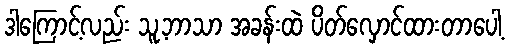
ဒါကြောင့်လည်း သူ့ဘာသာ အခန်းထဲ ပိတ်လှောင်ထားတာပေါ့